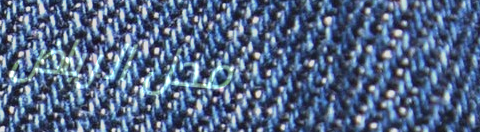
محل الرياض